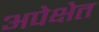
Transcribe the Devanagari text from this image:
अपेक्षेत